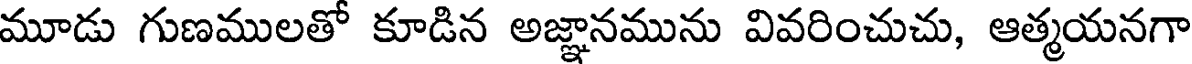
మూడు గుణములతో కూడిన అజ్ఞానమును వివరించుచు, ఆత్మయనగా